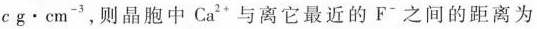
$$cg·cm^{-3}$$，则晶胞中Ca^{2+}与离它最近的F^{-}之间的距离为